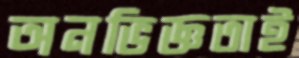
অনভিজ্ঞতাই